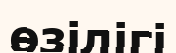
өзілігі